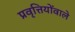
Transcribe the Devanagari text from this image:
प्रवृत्तियोंवाले